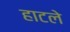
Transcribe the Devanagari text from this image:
हाटले